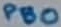
Text: PB0